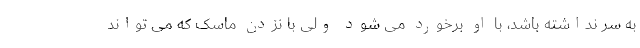
به سر نداشته باشد، با او برخورد می شود ولی با نزدن ماسک که می تواند